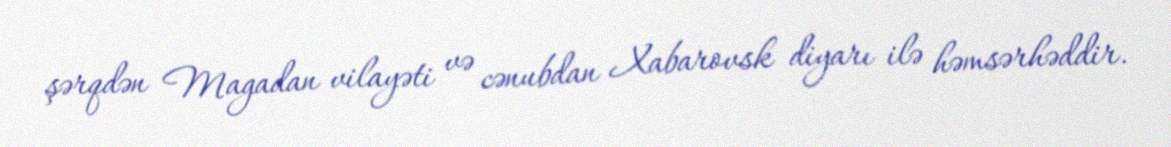
şərqdən Magadan vilayəti və cənubdan Xabarovsk diyarı ilə həmsərhəddir.